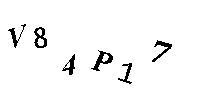
V84P17